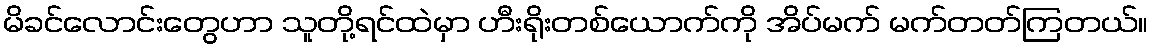
မိခင်လောင်းတွေဟာ သူတို့ရင်ထဲမှာ ဟီးရိုးတစ်ယောက်ကို အိပ်မက် မက်တတ်ကြတယ်။